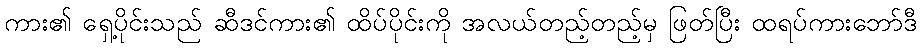
ကား၏ ရှေ့ပိုင်းသည် ဆီဒင်ကား၏ ထိပ်ပိုင်းကို အလယ်တည့်တည့်မှ ဖြတ်ပြီး ထရပ်ကားဘော်ဒီ